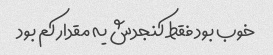
خوب بود فقط کنجدش یه مقدار کم بود